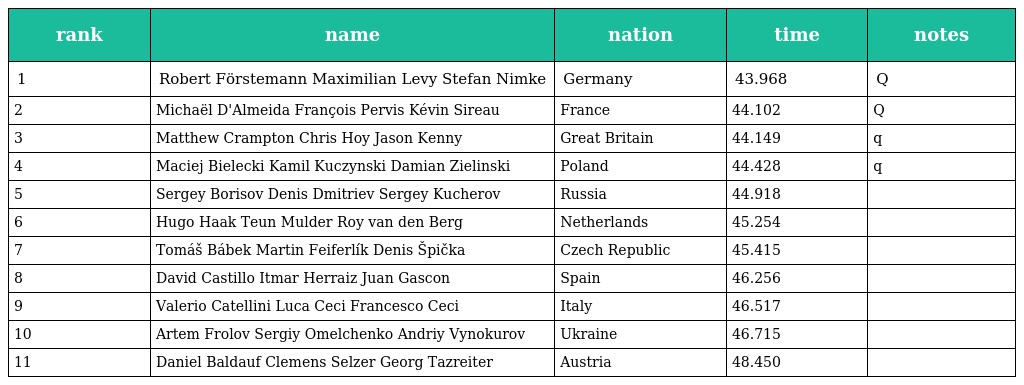
| rank | name | nation | time | notes |
 | --- | --- | --- | --- | --- |
 | 1 | Robert Förstemann Maximilian Levy Stefan Nimke | Germany | 43.968 | Q |
 | 2 | Michaël D'Almeida François Pervis Kévin Sireau | France | 44.102 | Q |
 | 3 | Matthew Crampton Chris Hoy Jason Kenny | Great Britain | 44.149 | q |
 | 4 | Maciej Bielecki Kamil Kuczynski Damian Zielinski | Poland | 44.428 | q |
 | 5 | Sergey Borisov Denis Dmitriev Sergey Kucherov | Russia | 44.918 |  |
 | 6 | Hugo Haak Teun Mulder Roy van den Berg | Netherlands | 45.254 |  |
 | 7 | Tomáš Bábek Martin Feiferlík Denis Špička | Czech Republic | 45.415 |  |
 | 8 | David Castillo Itmar Herraiz Juan Gascon | Spain | 46.256 |  |
 | 9 | Valerio Catellini Luca Ceci Francesco Ceci | Italy | 46.517 |  |
 | 10 | Artem Frolov Sergiy Omelchenko Andriy Vynokurov | Ukraine | 46.715 |  |
 | 11 | Daniel Baldauf Clemens Selzer Georg Tazreiter | Austria | 48.450 |  |